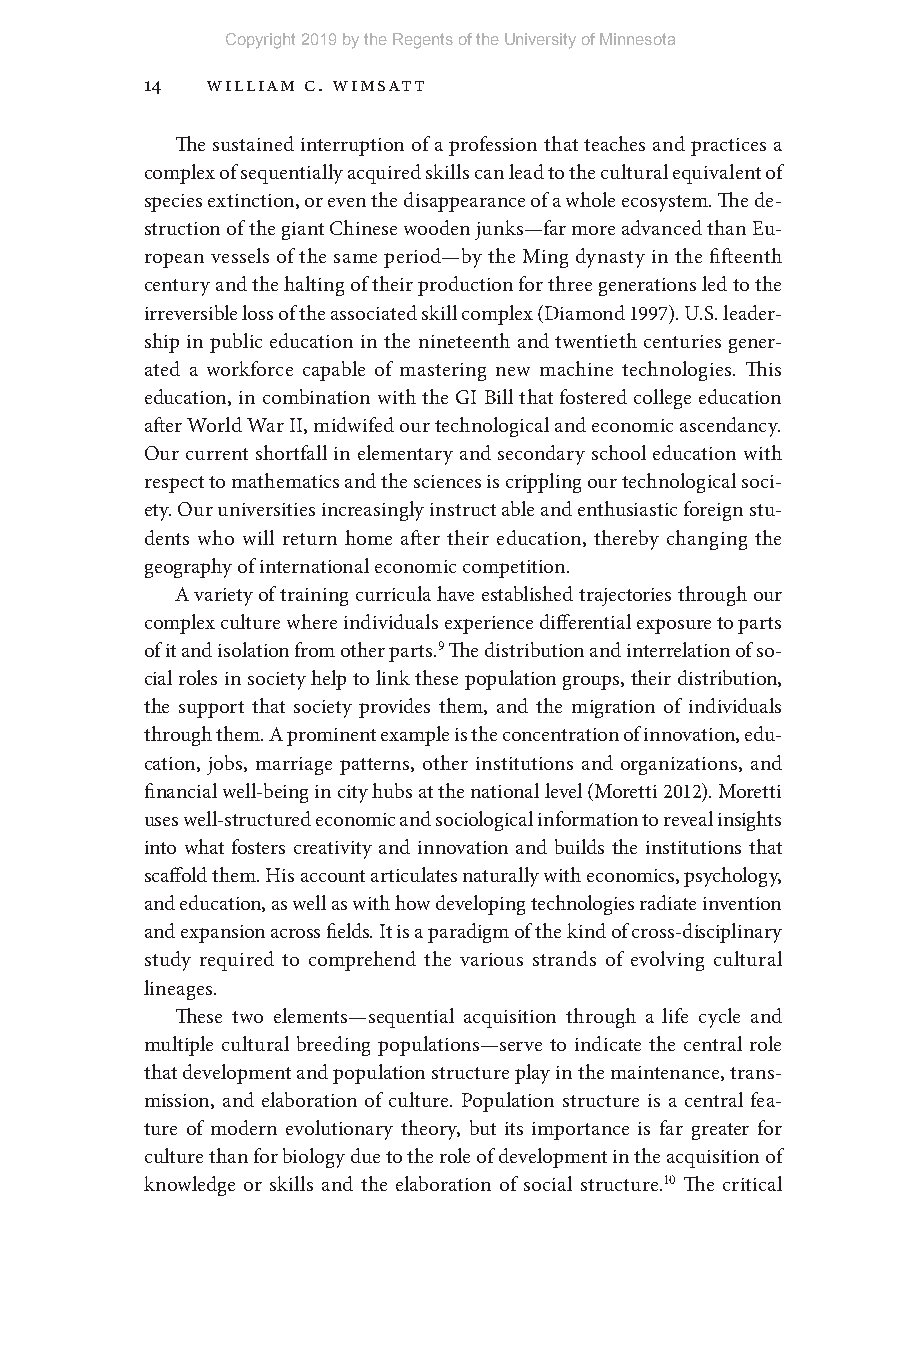
Copyright 2019 by the Regents of the University of Minnesota
 14  William C. Wimsatt
 The sustained interruption of a profession that teaches and practices a
 complex of sequentially acquired skills can lead to the cultural equivalent of
 species extinction, or even the disappearance of a whole ecosystem. The de-
 struction of the giant Chinese wooden junks— far more advanced than Eu-
 ropean vessels of the same period— by the Ming dynasty in the fifteenth
 century and the halting of their production for three generations led to the
 irreversible loss of the associated skill complex (Diamond 1997). U.S. leader-
 ship in public education in the nineteenth and twentieth centuries gener-
 ated a workforce capable of mastering new machine technologies. This
 education, in combination with the GI Bill that fostered college education
 after World War II, midwifed our technological and economic ascendancy.
 Our current shortfall in elementary and secondary school education with
 respect to mathematics and the sciences is crippling our technological soci-
 ety. Our universities increasingly instruct able and enthusiastic foreign stu-
 dents who will return home after their education, thereby changing the
 geography of international economic competition.
 A variety of training curricula have established trajectories through our
 complex culture where individuals experience differential exposure to parts
 of it and isolation from other parts.9 The distribution and interrelation of so-
 cial roles in society help to link these population groups, their distribution,
 the support that society provides them, and the migration of individuals
 through them. A prominent example is the concentration of innovation, edu-
 cation, jobs, marriage patterns, other institutions and organizations, and
 financial well- being in city hubs at the national level (Moretti 2012). Moretti
 uses well- structured economic and sociological information to reveal insights
 into what fosters creativity and innovation and builds the institutions that
 scaffold them. His account articulates naturally with economics, psychology,
 and education, as well as with how developing technologies radiate invention
 and expansion across fields. It is a paradigm of the kind of cross- disciplinary
 study required to comprehend the various strands of evolving cultural
 lineages.
 These two elements— sequential acquisition through a life cycle and
 multiple cultural breeding populations— serve to indicate the central role
 that development and population structure play in the maintenance, trans-
 mission, and elaboration of culture. Population structure is a central fea-
 ture of modern evolutionary theory, but its importance is far greater for
 culture than for biology due to the role of development in the acquisition of
 knowledge or skills and the elaboration of social structure.10 The critical